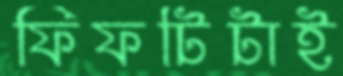
ফিফটিটাই